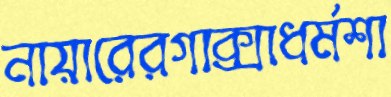
নায়ারেরগাক্সাধর্মশা